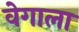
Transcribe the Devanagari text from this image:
वेगाला